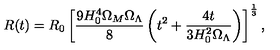
R ( t ) = R _ { 0 } \left[ \frac { 9 H _ { 0 } ^ { 4 } \Omega _ { M } \Omega _ { \Lambda } } { 8 } \left( t ^ { 2 } + \frac { 4 t } { 3 H _ { 0 } ^ { 2 } \Omega _ { \Lambda } } \right) \right] ^ { \frac { 1 } { 3 } } ,